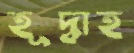
হূদ্বাহ